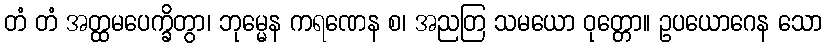
တံ တံ အတ္ထမပေက္ခိတွာ၊ ဘုမ္မေန ကရဏေန စ၊ အညတြ သမယော ဝုတ္တော။ ဥပယောဂေန သော